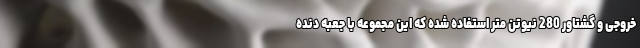
خروجی و گشتاور 280 نیوتن متر استفاده شده که این مجموعه با جعبه دنده